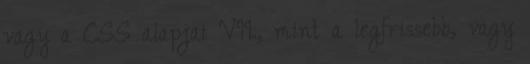
vagy a CSS alapjai VII., mint a legfrissebb, vagy